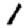
Digit: 1